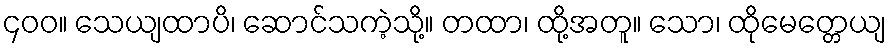
၄၀၀။ သေယျထာပိ၊ ဆောင်သကဲ့သို့။ တထာ၊ ထို့အတူ။ သော၊ ထိုမေတ္တေယျ